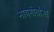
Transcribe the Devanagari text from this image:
भावगीतांना